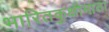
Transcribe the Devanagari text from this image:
भारितकुक्षीमाता